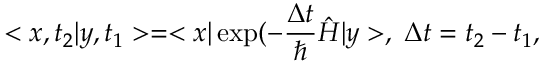
< x , t _ { 2 } | y , t _ { 1 } > = < x | \exp ( - \frac { \Delta t } { \hbar } \hat { H } | y > , \; \Delta t = t _ { 2 } - t _ { 1 } ,